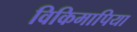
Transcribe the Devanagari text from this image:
विकिमापिया